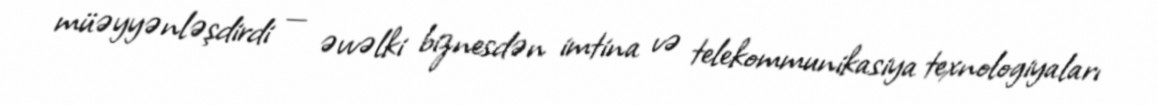
müəyyənləşdirdi — əvvəlki biznesdən imtina və telekommunikasiya texnologiyaları